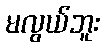
မလွယ်ဘူး